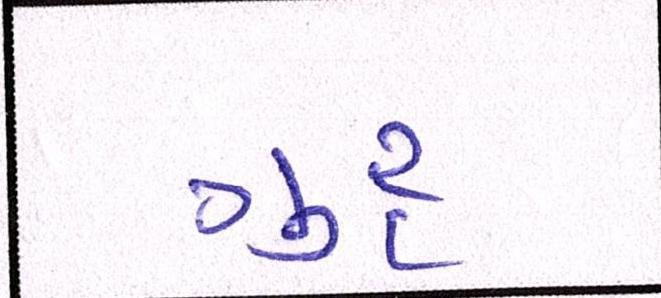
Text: ગુરૃ